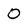
Character: 0